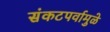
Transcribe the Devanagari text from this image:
संकटपर्वामुळे